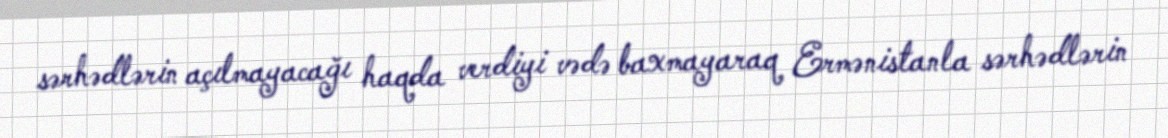
sərhədlərin açılmayacağı haqda verdiyi vədə baxmayaraq Ermənistanla sərhədlərin